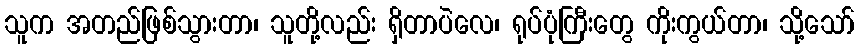
သူက အတည်ဖြစ်သွားတာ၊ သူတို့လည်း ရှိတာပဲလေ၊ ရုပ်ပုံကြီးတွေ ကိုးကွယ်တာ၊ သို့သော်